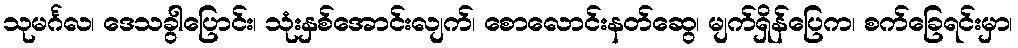
သုမင်္ဂလ၊ ဒေသခွါပြောင်း၊ သုံးနှစ်အောင်းလျက်၊ စောလောင်းနတ်ဆွေ၊ မျက်ရှိန်ပြေက၊ စက်ခြေရင်းမှာ၊